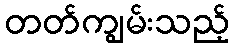
တတ်ကျွမ်းသည့်